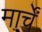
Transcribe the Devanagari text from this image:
मार्चें